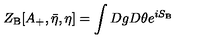
Z _ { \mathrm { B } } [ A _ { + } , { \bar { \eta } } , \eta ] = \int D g D \theta e ^ { i S _ { \mathrm { B } } }